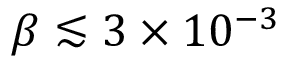
\beta \lesssim 3 \times 1 0 ^ { - 3 }